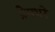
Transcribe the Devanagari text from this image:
प्रेमभरे